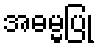
အဓမ္မပြု